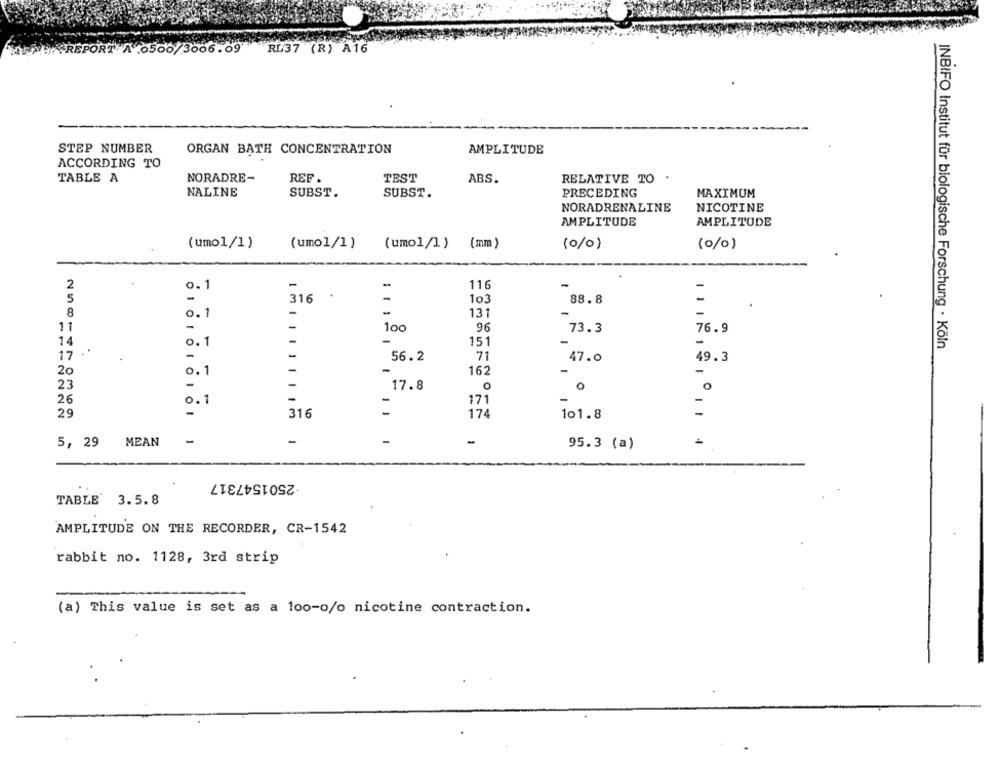
REPORT A .0500/3006.09 RL37 (R) A16
STEP NUMBER
ORGAN BATH CONCENTRATION
AMPLITUDE
ACCORDING TO
TABLE A
NORADRE-
REF .
TEST
ABS.
RELATIVE TO
NALINE
SUBST.
SUBST.
PRECEDING
MAXIMUM
NORADRENALINE
NICOTINE
AMPLITUDE
AMPLITUDE
(umo1/1)
(umo1/1)
(umo1/1 )
(mm)
(0/0)
(0/0)
2
-
0.1
-
116
5
316
-
103
88.8
8
0.1
-
-
131
11
-
-
100
96
73.3
76.9
14
0.1
151
..
INBIFO Institut für biologische Forschung · Köln
17
-
-
56.2
71
47.0
49.3
20
0.1
-
-
162
-
23
-
-
17.8
O
26
0.1
171
-
29
316
1 1
174
101.8
5, 29 MEAN
-
-
-
95.3 (a)
2501547317
TABLE' 3.5.8
AMPLITUDE ON THE RECORDER, CR-1542
rabbit no. 1128, 3rd strip
(a) This value is set as a 100-o/o nicotine contraction.